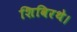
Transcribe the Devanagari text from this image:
शिविरथे।